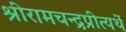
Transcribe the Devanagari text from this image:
श्रीरामचन्द्रप्रीत्यर्थे